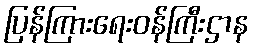
ပြန်ကြားရေးဝန်ကြီးဌာန